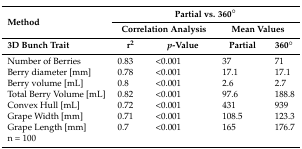
<table><thead><tr><td rowspan="2"><b>Method</b></td><td colspan="4"><b>Partial vs. 360°</b></td></tr><tr><td colspan="2"><b>Correlation Analysis</b></td><td colspan="2"><b>Mean Values</b></td></tr></thead><tbody><tr><td><b>3D Bunch Trait</b></td><td><b>r<sup>2</sup></b></td><td><b><i>p</i>-Value</b></td><td><b>Partial</b></td><td><b>360°</b></td></tr><tr><td>Number of Berries</td><td>0.83</td><td>&lt;0.001</td><td>37</td><td>71</td></tr><tr><td>Berry diameter [mm]</td><td>0.78</td><td>&lt;0.001</td><td>17.1</td><td>17.1</td></tr><tr><td>Berry volume [mL]</td><td>0.8</td><td>&lt;0.001</td><td>2.6</td><td>2.7</td></tr><tr><td>Total Berry Volume [mL]</td><td>0.82</td><td>&lt;0.001</td><td>97.6</td><td>188.8</td></tr><tr><td>Convex Hull [mL]</td><td>0.72</td><td>&lt;0.001</td><td>431</td><td>939</td></tr><tr><td>Grape Width [mm]</td><td>0.71</td><td>&lt;0.001</td><td>108.5</td><td>123.3</td></tr><tr><td>Grape Length [mm]</td><td>0.7</td><td>&lt;0.001</td><td>165</td><td>176.7</td></tr><tr><td>n = 100</td><td></td><td></td><td></td><td></td></tr></tbody></table>